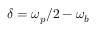
\delta = \omega _ { p } / 2 - \omega _ { b }